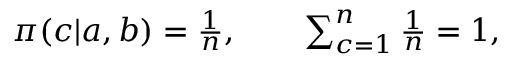
\begin{array} { r } { \pi ( c | a , b ) = \frac { 1 } { n } , \qquad \sum _ { c = 1 } ^ { n } \frac { 1 } { n } = 1 , } \end{array}